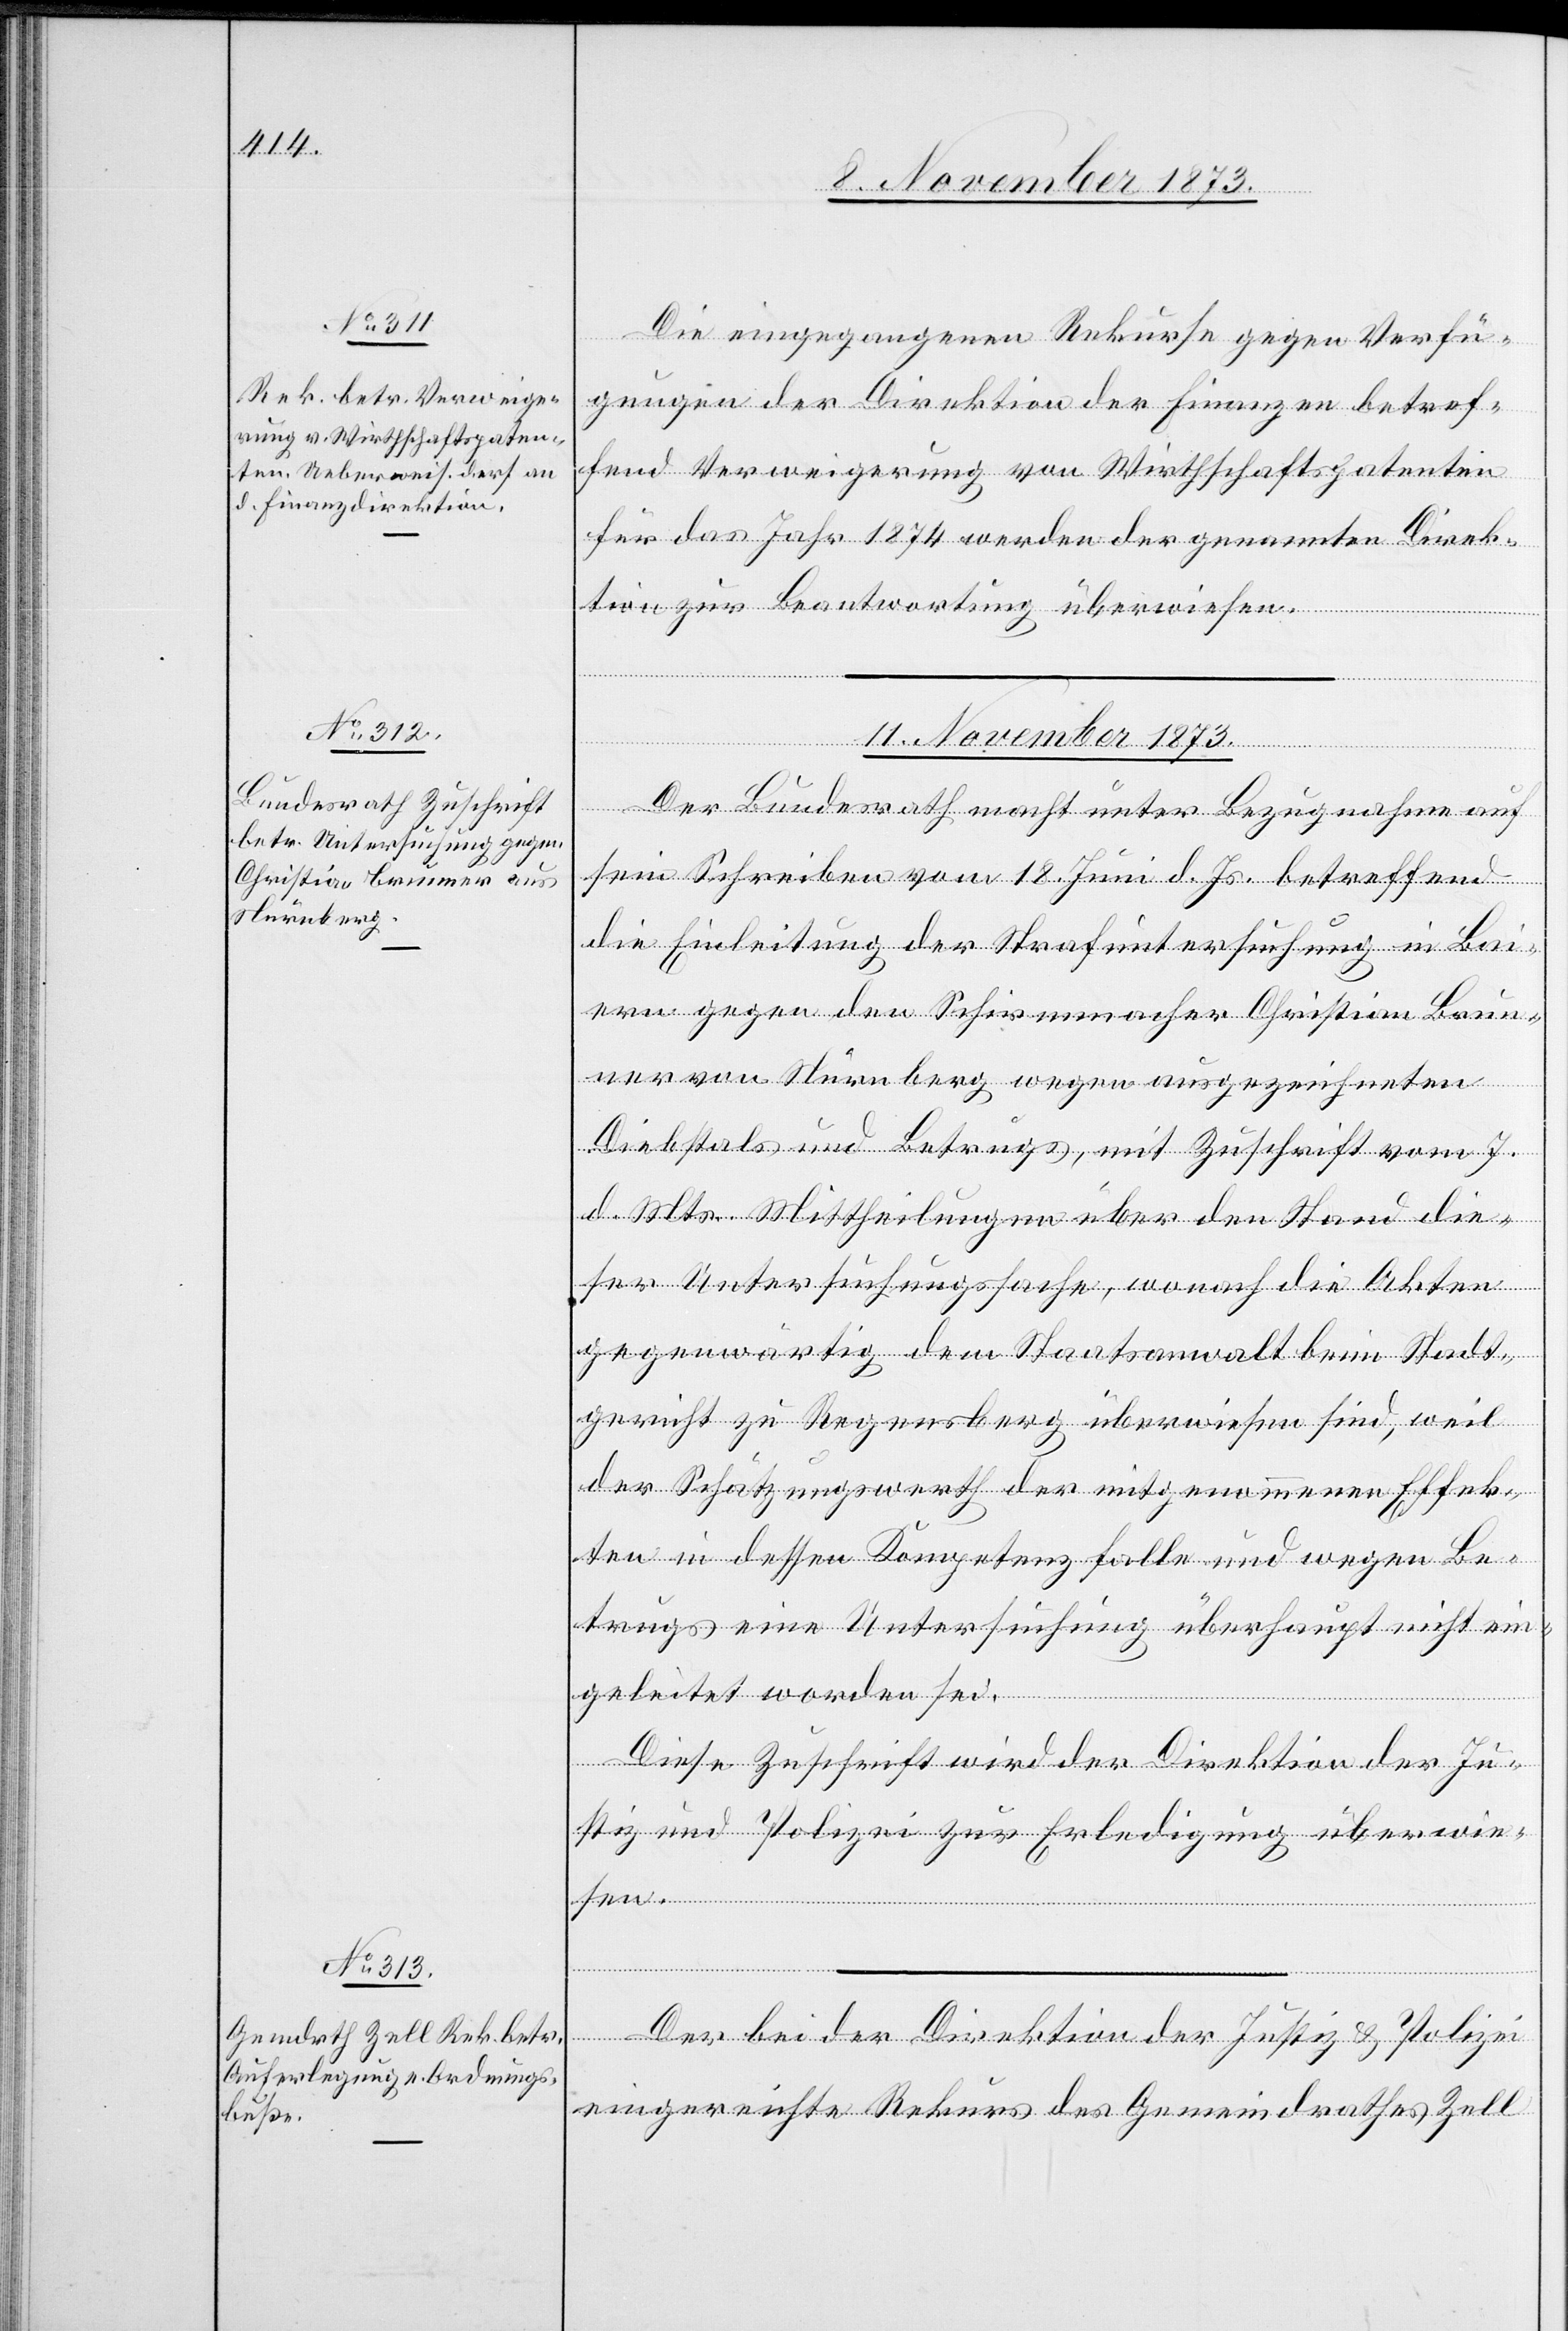
Die eingegangenen Rekurse gegen Verfü¬
gungen der Direktion der Finanzen betref¬
fend Verweigerung von Wirthschaftspatenten
für das Jahr 1874 werden der genannten Direk¬
tion zur Beantwortung überwiesen.
sen.
11. November 1873.]
Der Bundesrath macht unter Bezugnahme auf
sein Schreiben vom 18. Juni d. Js. betreffend
die Einleitung der Strafuntersuchung in Bai¬
ern gegen den Schirmmacher Christian Brun¬
ner von Nürnberg wegen ausgezeichneten
Diebstals und Betrugs, mit Zuschrift vom 7.
d. Mts. Mittheilungen über den Stand die¬
ser Untersuchungssache, wonach die Akten
gegenwärtig dem Staatsanwalt beim Stadt¬
gericht zu Regensberg überwiesen sind, weil
der Schätzungswerth der mitgenommenen Effek¬
ten in dessen Kompetenz falle und wegen Be¬
trugs eine Untersuchung überhaupt nicht ein¬
geleitet worden sei.
Diese Zuschrift wird der Direktion der Ju¬
stiz und Polizei zur Erledigung überwie¬
Der bei der Direktion der Justiz & Polizei
eingereichte Rekurs des Gemeindrathes Zell